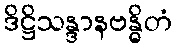
ဒိဋ္ဌိသန္ဒာနဗန္ဓိတံ